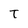
Character: t